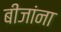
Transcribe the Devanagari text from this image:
बीजांना